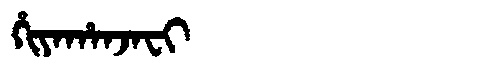
Manchu: ᡥᡳᠶᠠᡥᠠᠨᠵᠠᠸᡳ
Romanization: HIYAHANJAFI